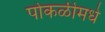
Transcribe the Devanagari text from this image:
पोकळीमधे